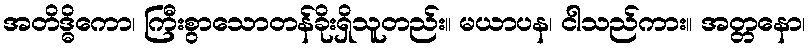
အတိဒ္ဓိကော၊ ကြီးစွာသောတန်ခိုးရှိသူတည်း။ မယာပန၊ ငါသည်ကား။ အတ္တနော၊